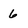
Character: 6